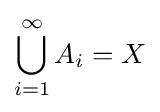
\bigcup _{i=1}^{\infty }A_{i}=X